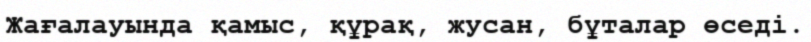
Жағалауында қамыс, құрақ, жусан, бұталар өседі.